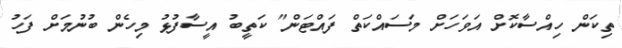
ތިކަން ހިއްސާކޮށް އަވަހަށް މަސައްކަތް ފައްޓަން" ކަތީބު އީސާފުޅު މިހެން ބުނުމަށް ފަހު